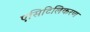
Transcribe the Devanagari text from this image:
एसिटिलिकरण